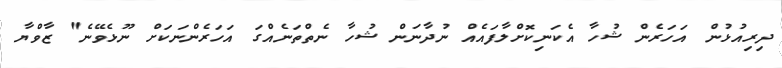
ދިރިއުޅުން އަހަރެން ޝުހާ އެކަނިކޮށްލާފައެއް ނުދާނަން ޝުހާ ނެތްތަނެއްގަ އަހަރެންނަކަށް ނޫޅެވޭނެ" ޒާވްޔާ